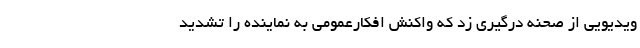
ویدیویی از صحنه درگیری زد که واکنش افکارعمومی به نماینده را تشدید